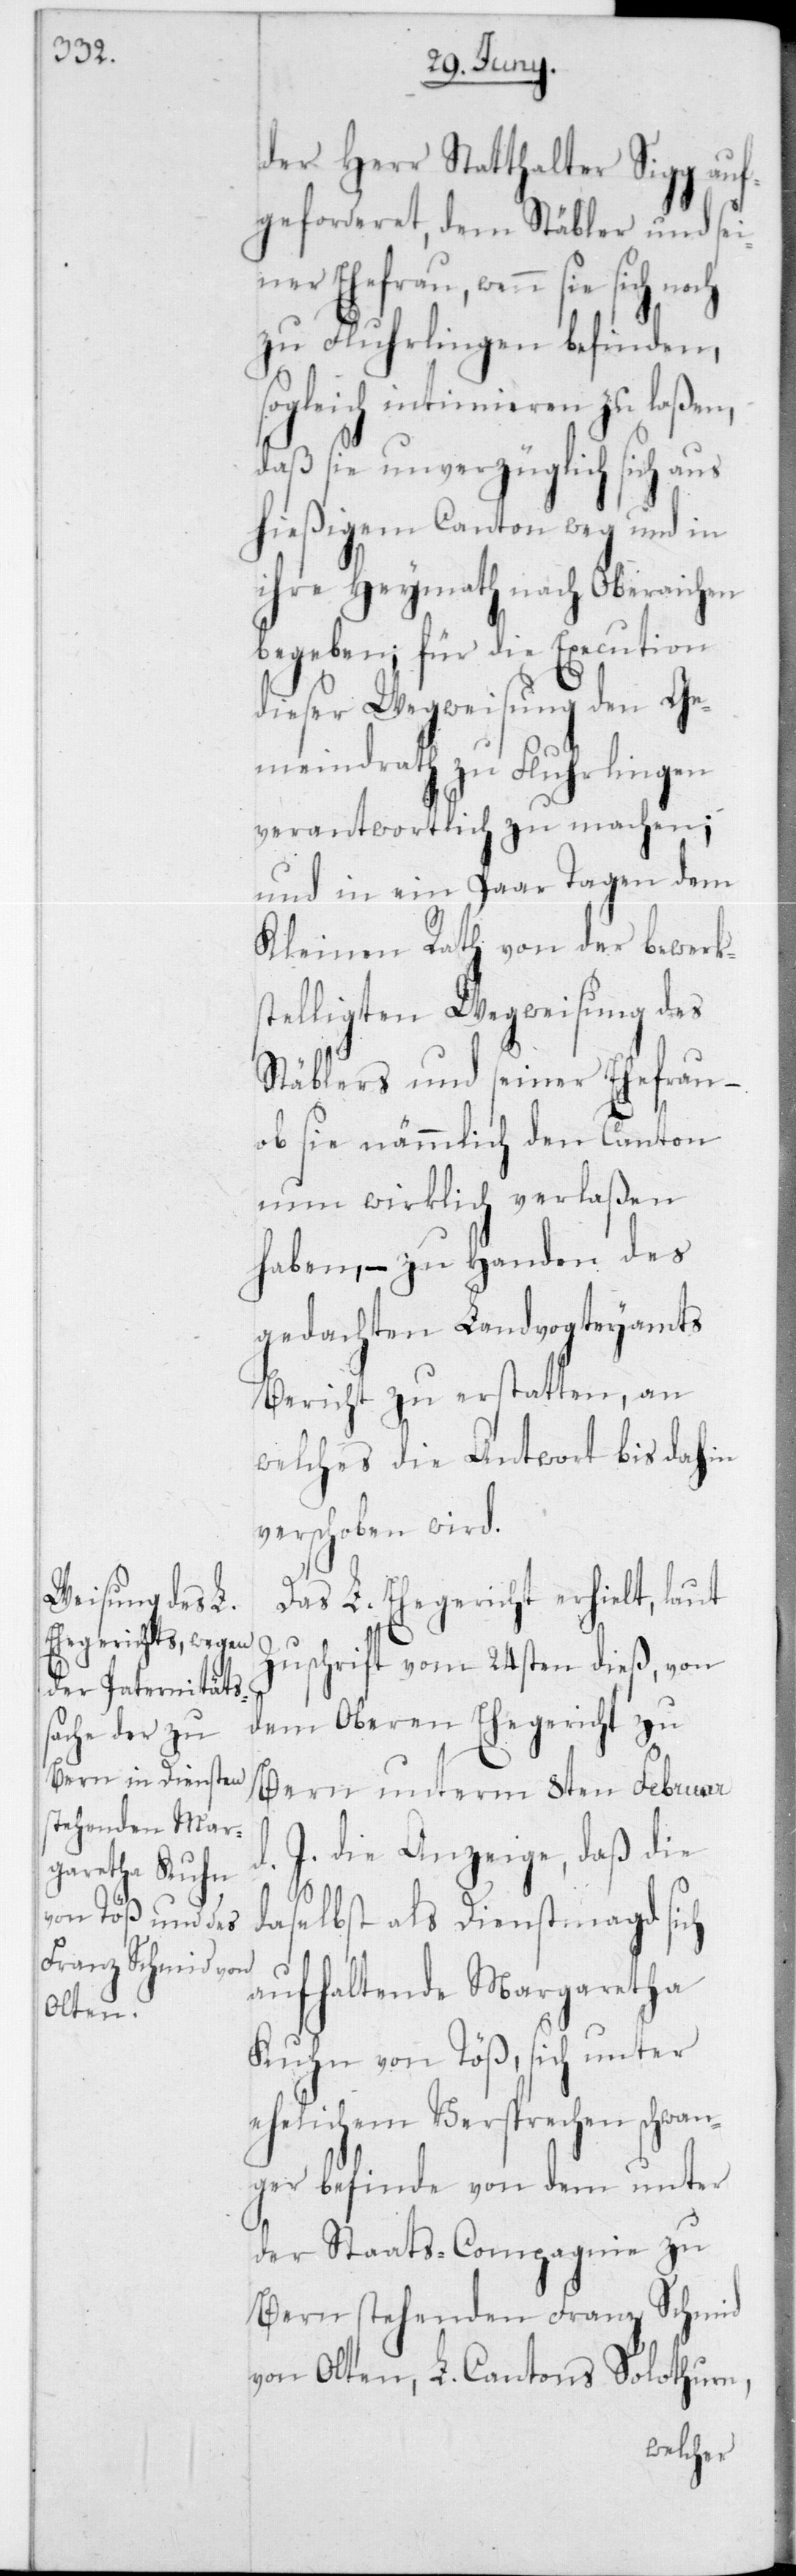
der Herr Statthalter Sigg auf¬
geforderet, dem Stäbler und sei¬
ner Ehefrau, wenn sie sich noch
zu Fluhrlingen befinden,
sogleich intimieren zu laßen,
daß sie unverzüglich sich aus
hießigem Canton weg und in
ihre Heymath nach Oberaichen
begeben; für die Execution
dieser Wegweisung den Ge¬
meindrath zu Flurlingen
verantwortlich zu machen;
und in ein paar Tagen dem
Kleinen Rath von der bewerk¬
stelligten Wegweisung des
Stäblers und seiner Ehefrau,
ob sie nämmlich den Canton
nun wirklich verlaßen
haben, – zu Handen des
gedachten Landvogteyamts
Bericht zu erstatten, an
welches die Antwort bis dahin
verschoben wird.
Das L. Ehegericht erhielt, laut
Zuschrift vom 24sten dieß, von
dem Oberen Ehegericht zu
Bern unterm 8ten Februar
J. die Anzeige, daß die
daselbst als Dienstmagd sich
aufhaltende Margaretha
Kuhn von Töß, sich unter
ehelichem Versprechen schwan¬
ger befinde von dem unter
der Staats-Compagnie zu
Bern stehenden Franz Schmid
von Olten, L. Cantons Solothurn,